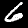
Digit: 6